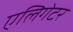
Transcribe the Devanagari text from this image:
एलिगेटर